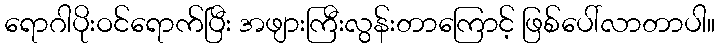
ရောဂါပိုးဝင်ရောက်ပြီး အဖျားကြီးလွန်းတာကြောင့် ဖြစ်ပေါ်လာတာပါ။